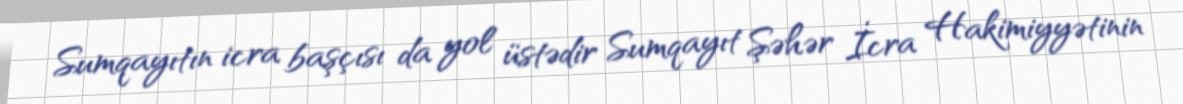
Sumqayıtın icra başçısı da yol üstədir Sumqayıt Şəhər İcra Hakimiyyətinin